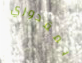
بمقدوري